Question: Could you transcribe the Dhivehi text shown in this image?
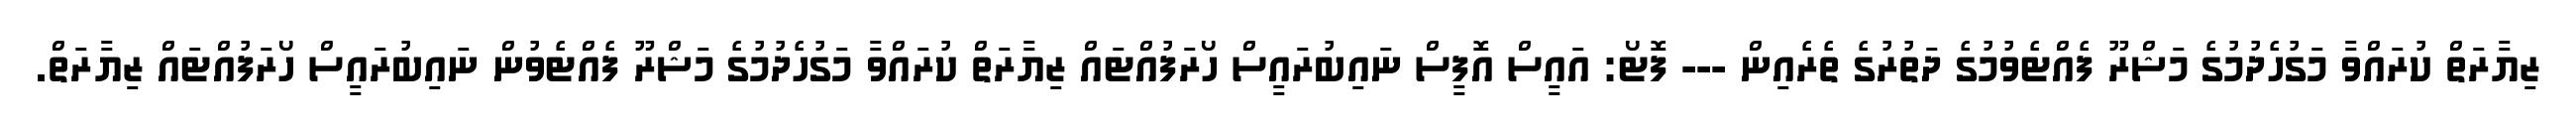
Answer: ޒިޔާރަތް ކުރައްވާ މަގުހެދުމުގެ މަޝްރޫ ފެއްޓެވުމުގެ ދަތުރުގެ ތެރެއިން --- ފޮޓޯ: އައީސް އޮފީސް ނައިބުރައީސް ހޯރަފުއްޓައް ޒިޔާރަތް ކުރައްވާ މަގުހެދުމުގެ މަޝްރޫ ފެއްޓެވުން ނައިބުރައީސް ހޯރަފުއްޓައް ޒިޔާރަތް.